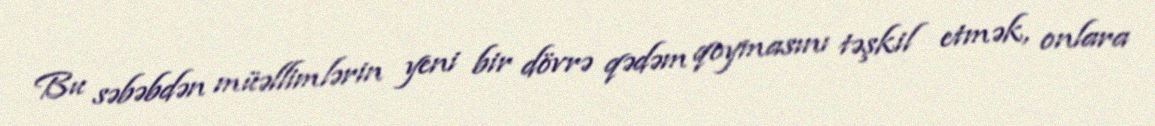
Bu səbəbdən müəllimlərin yeni bir dövrə qədəm qoymasını təşkil etmək, onlara